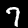
Label: 7